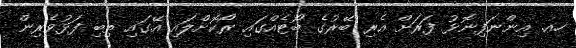
ހއ. އިންނަފިނޮޅު ފަރަށް އެރި ބޭރުގެ ބޯޓެއްގައި ރޯކޮށްލައި އޭގައި ތިބި ފަޅުވެރިން